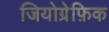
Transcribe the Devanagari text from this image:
जियोग्रेफ़िक